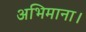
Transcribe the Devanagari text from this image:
अभिमाना।